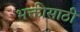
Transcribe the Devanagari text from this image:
भक्तीसाठी